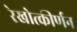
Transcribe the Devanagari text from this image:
रेखोत्कीर्णन